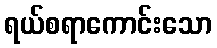
ရယ်စရာကောင်းသော